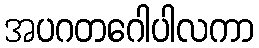
အပဂတဂေါပါလကာ